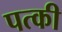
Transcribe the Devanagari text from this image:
पत्‍की